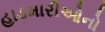
હાડમારીઓનો